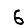
Digit: 6